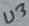
Text: U3